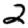
Digit: 2